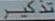
Transcribetheimage